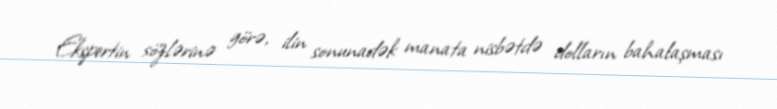
Ekspertin sözlərinə görə, ilin sonunadək manata nisbətdə dolların bahalaşması